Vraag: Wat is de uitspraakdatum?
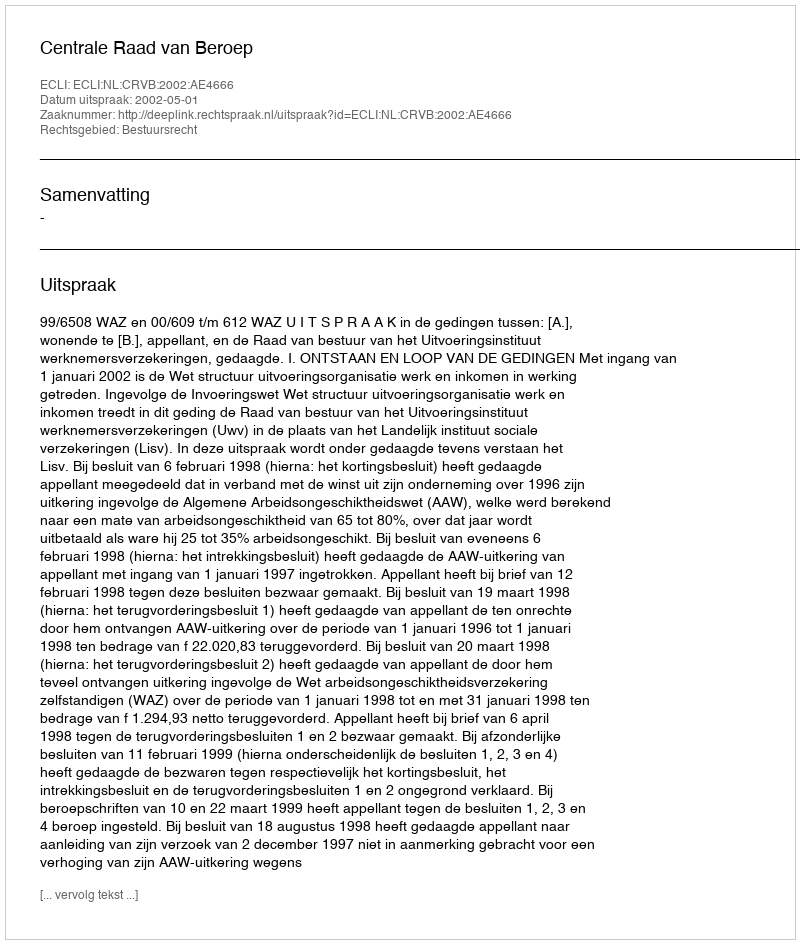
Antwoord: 2002-05-01